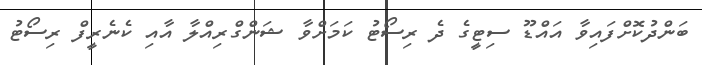
ބަންދުކޮށްފައިވާ އައްޑޫ ސިޓީގެ ދެ ރިސޯޓު ކަމަށްވާ ޝަންގްރިއްލާ އާއި ކެނެރީފް ރިސޯޓު